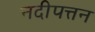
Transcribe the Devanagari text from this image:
नदीपत्तन